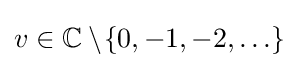
v\in \mathbb {C} \setminus \!\{0,-1,-2,\ldots \}